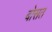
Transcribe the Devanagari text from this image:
बोसत